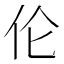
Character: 伦